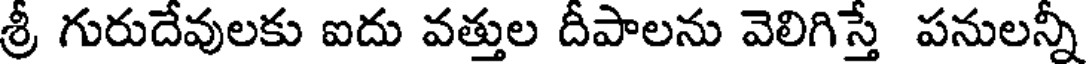
శ్రీ గురుదేవులకు ఐదు వత్తుల దీపాలను వెలిగిస్తే పనులన్నీ